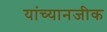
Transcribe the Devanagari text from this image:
यांच्यानजीक